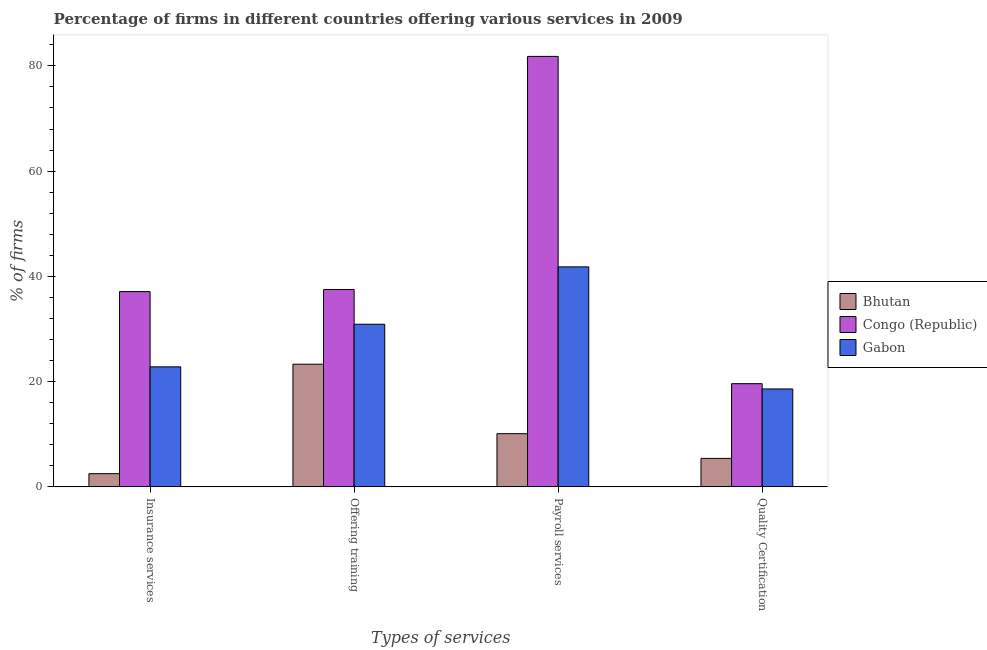
| Types of services | Bhutan | Congo (Republic) | Gabon |
 | --- | --- | --- | --- |
 | Insurance services | 2.5 | 37.1 | 22.8 |
 | Offering training | 23.3 | 37.5 | 30.9 |
 | Payroll services | 10.1 | 81.8 | 41.8 |
 | Quality Certification | 5.4 | 19.6 | 18.6 |